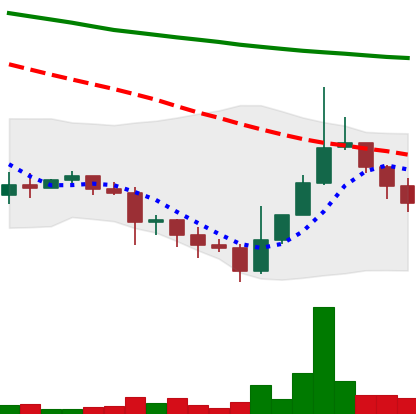
Ticker: DOGE-USD
Chart end date: 2022-01-18
Forward return: -14.274%
Label: down_7plus